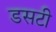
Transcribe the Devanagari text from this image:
डसटी